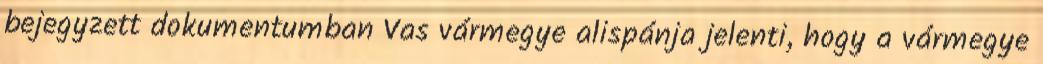
bejegyzett dokumentumban Vas vármegye alispánja jelenti, hogy a vármegye